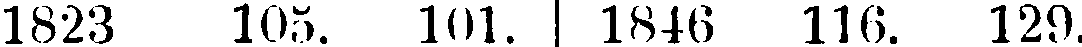
1823 105. 101. 1846 116. 129.